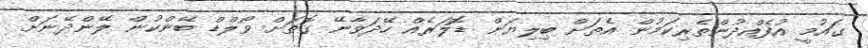
ގައުމީ އުފެެއްދުންތެރިކަމުން އެތަށް ބިލިޔަން ޑޮލަރެއް ހޭދަވާނޭ ގޮތަށް ވޯލްޑް ބޭންކުން ލޭންދޭނަށް